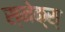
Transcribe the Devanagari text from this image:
स्नेक्स्